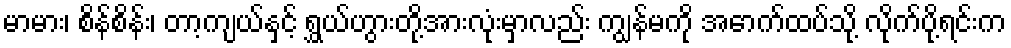
မာမား၊ စိန်စိန်း၊ တာ့ကျယ်နှင့် ရွှယ်ဟွားတို့အားလုံးမှာလည်း ကျွန်မကို အောက်ထပ်သို့ လိုက်ပို့ရင်းက